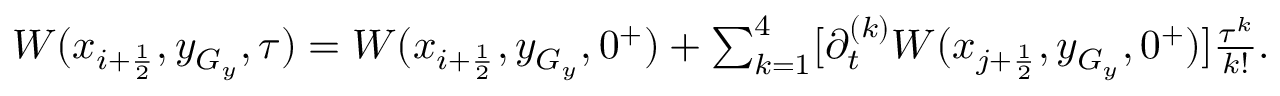
\begin{array} { r } { W ( x _ { i + \frac { 1 } { 2 } } , y _ { G _ { y } } , \tau ) = W ( x _ { i + \frac { 1 } { 2 } } , y _ { G _ { y } } , 0 ^ { + } ) + \sum _ { k = 1 } ^ { 4 } [ \partial _ { t } ^ { ( k ) } W ( x _ { j + \frac { 1 } { 2 } } , y _ { G _ { y } } , 0 ^ { + } ) ] \frac { \tau ^ { k } } { k ! } . } \end{array}